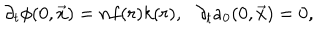
LaTeX: \partial _ { t } \phi ( 0 , \vec { x } ) = n f ( r ) k ( r ) , \: \: \: \partial _ { t } a _ { 0 } ( 0 , \vec { x } ) = 0 ,